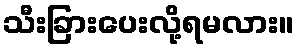
သီးခြားပေးလို့ရမလား။